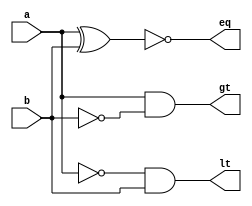
`timescale 1ns / 1ps
//////////////////////////////////////////////////////////////////////////////////
// Company: 
// Engineer: 
// 
// Design Name: 
// Module Name:    eight_bit_comp 
// Project Name: 
// Target Devices: 
// Tool versions: 
// Description: 
//
// Dependencies: 
//
// Revision: 
// Revision 0.01 - File Created
// Additional Comments: 
//
/////////////////////////////////////////////////////////////////////////////////
module bit_comp(a,b,eq, gt, lt);
	input a,b;
	output eq,gt,lt;
	wire eq, gt, lt;
	
	assign eq = ~(a^b);
	assign gt = a & (~b);
	assign lt = (~a) & b;
	
endmodule

module eight_bit_comp ( PB1,PB2,PB3,PB4,Y,eq, gt, lt
	 ); 
	 
	input PB1,PB2,PB3,PB4;
	input [3:0] Y;
	
	output eq, gt, lt;
	wire eq, gt, lt;
	wire [7:0] eqt, gtt, ltt;
	reg [7:0] a;
	reg [7:0] b;
	
	always @(posedge PB1)begin
		a[3:0]<=Y;
	end
	always @(posedge PB2)begin
		a[7:4]<=Y;
	end
	always @(posedge PB3)begin
		b[3:0]<=Y;
	end
	always @(posedge PB4)begin
		b[7:4]<=Y;
	end
	
	bit_comp BC0(a[0], b[0], eqt[0], gtt[0],ltt[0]);
	bit_comp BC1(a[1], b[1], eqt[1], gtt[1],ltt[1]);
	bit_comp BC2(a[2], b[2], eqt[2], gtt[2],ltt[2]);
	bit_comp BC3(a[3], b[3], eqt[3], gtt[3],ltt[3]);
	bit_comp BC4(a[4], b[4], eqt[4], gtt[4],ltt[4]);
	bit_comp BC5(a[5], b[5], eqt[5], gtt[5],ltt[5]);
	bit_comp BC6(a[6], b[6], eqt[6], gtt[6],ltt[6]);
	bit_comp BC7(a[7], b[7], eqt[7], gtt[7],ltt[7]);
	
	assign eq = eqt[0] & eqt[1] & eqt[2] & eqt[3] & eqt[4] & eqt[5] & eqt[6] & eqt[7];
	assign gt = (gtt[7]) | (eqt[7]&gtt[6]) | (eqt[7]&eqt[6]&gtt[5]) | (eqt[7]&eqt[6]&eqt[5]&gtt[4]) | (eqt[7]&eqt[6]&eqt[5]&eqt[4]&gtt[3]) | (eqt[7]&eqt[6]&eqt[5]&eqt[4]&eqt[3]&gtt[2]) |(eqt[7]&eqt[6]&eqt[5]&eqt[4]&eqt[3]&eqt[2]&gtt[1]) | (eqt[7]&eqt[6]&eqt[5]&eqt[4]&eqt[3]&eqt[2]&eqt[1]&gtt[0]);
	assign lt = ~ (eq | gt);
	
endmodule